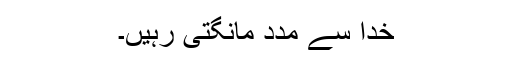
خدا سے مدد مانگتی رہیں۔